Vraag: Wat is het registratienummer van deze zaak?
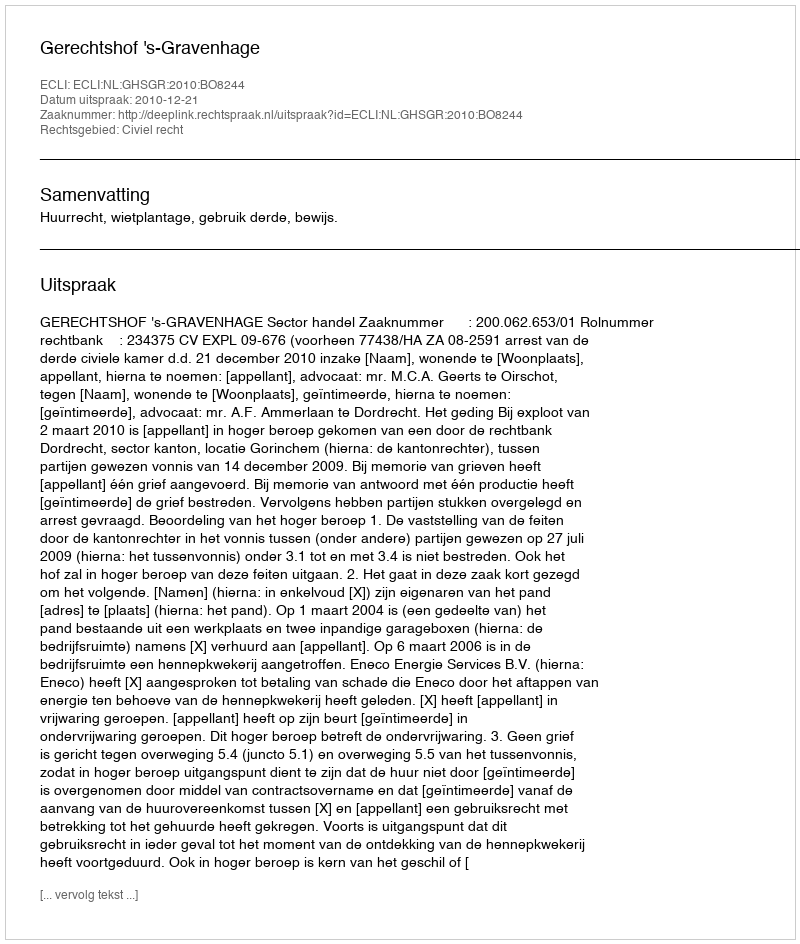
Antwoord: http://deeplink.rechtspraak.nl/uitspraak?id=ECLI:NL:GHSGR:2010:BO8244